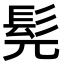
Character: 髡